Civil Veterinary Department Bengal reports 1923-33 - 1923-1933
Year: 1923
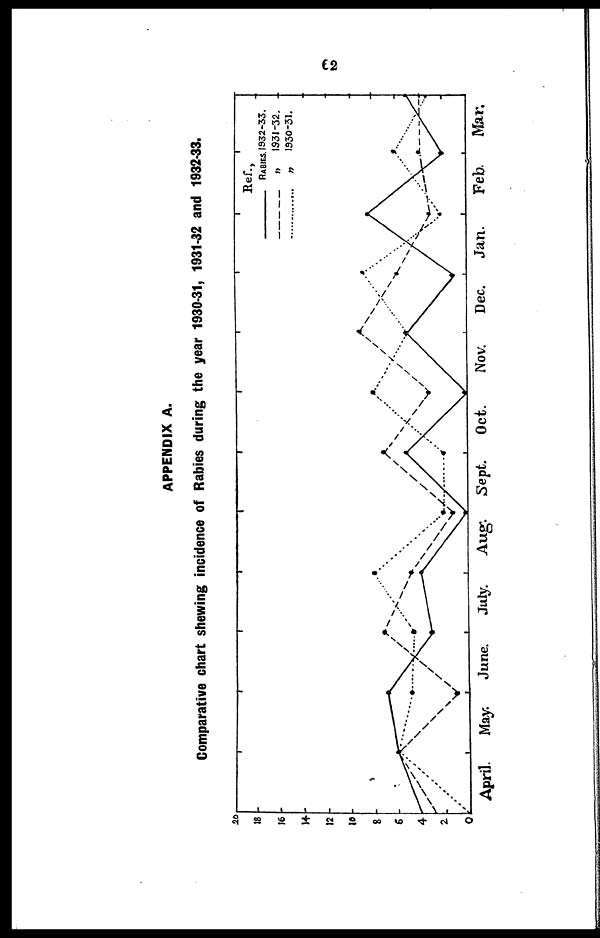
62
APPENDIX A.
Comparative chart shewing incidence of Rabies during the year 1930-31, 1931-32 and 1932-33.